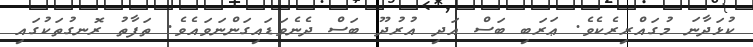
ކުޅަދާނަ މުގައްރިރެކެވެ. ޢަރަބި ބަސް އަދި އުރުދޫ ބަސް ދެނެވަޑައިގަންނަވައެވެ. ތަފާތު ރޮނގުތަކުގައި